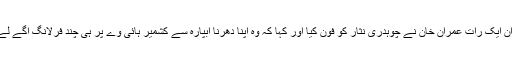
دھرنے کے دوران ایک رات عمران خان نے چوہدری نثار کو فون کیا اور کہا کہ وہ اپنا دھرنا آبپارہ سے کشمیر ہائی وے پر ہی چند فرلانگ آگے لے جانا چاہتے ہیں۔